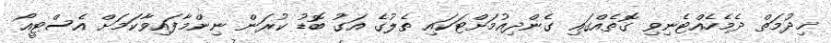
ޚިދުމަތް ދެމެހެއްޓެނިވި ގޮތެއްގައި ގެންދިއުމަށްޓަކައި ތެލުގެ އަގު ބޮޑު ކުރަން ނިންމާފައިވާކަމަށް އެސްޓީއޯ